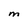
Character: M